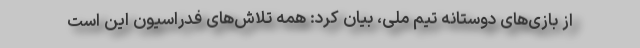
از بازی‌های دوستانه تیم ملی، بیان کرد: همه تلاش‌های فدراسیون این است